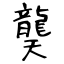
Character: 龑